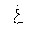
Letter: _gayn